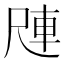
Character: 𪨑